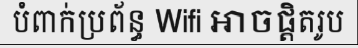
បំពាក់ប្រព័ន្ធ Wifi អាចផ្តិតរូប